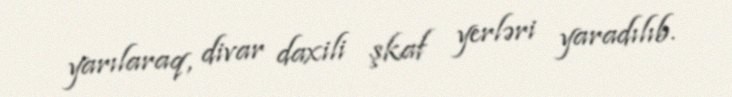
yarılaraq, divar daxili şkaf yerləri yaradılıb.